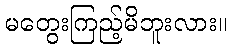
မတွေးကြည့်မိဘူးလား။